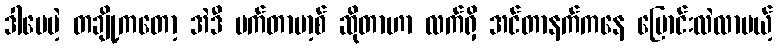
ဒါပေမဲ့ တချို့ကတော့ အဲဒီ မက်တာဗာ့စ် ဆိုတာဟာ လက်ရှိ အင်တာနက်ကနေ ပြောင်းလဲလာမယ့်